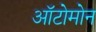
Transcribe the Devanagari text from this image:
ऑटोमोन